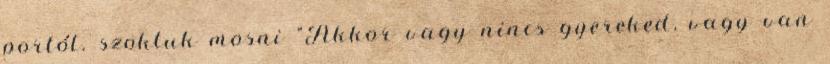
portól. szoktuk mosni "Akkor vagy nincs gyereked, vagy van